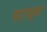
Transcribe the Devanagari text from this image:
पट्टनुमा